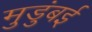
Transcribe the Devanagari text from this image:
मुडुंबई